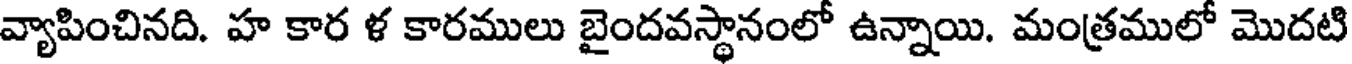
వ్యాపించినది. హ కార ళ కారములు బైందవస్థానంలో ఉన్నాయి. మంత్రములో మొదటి